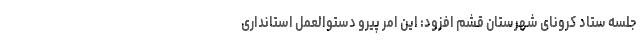
جلسه ستاد کرونای شهرستان قشم افزود: این امر پیرو دستوالعمل استانداری